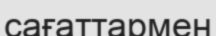
сағаттармен